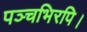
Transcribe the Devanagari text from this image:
पञ्चभिरपि।